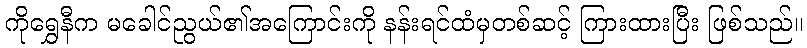
ကိုရွှေနီက မခေါင်ညွယ်၏အကြောင်းကို နန်းရင်ထံမှတစ်ဆင့် ကြားထားပြီး ဖြစ်သည်။